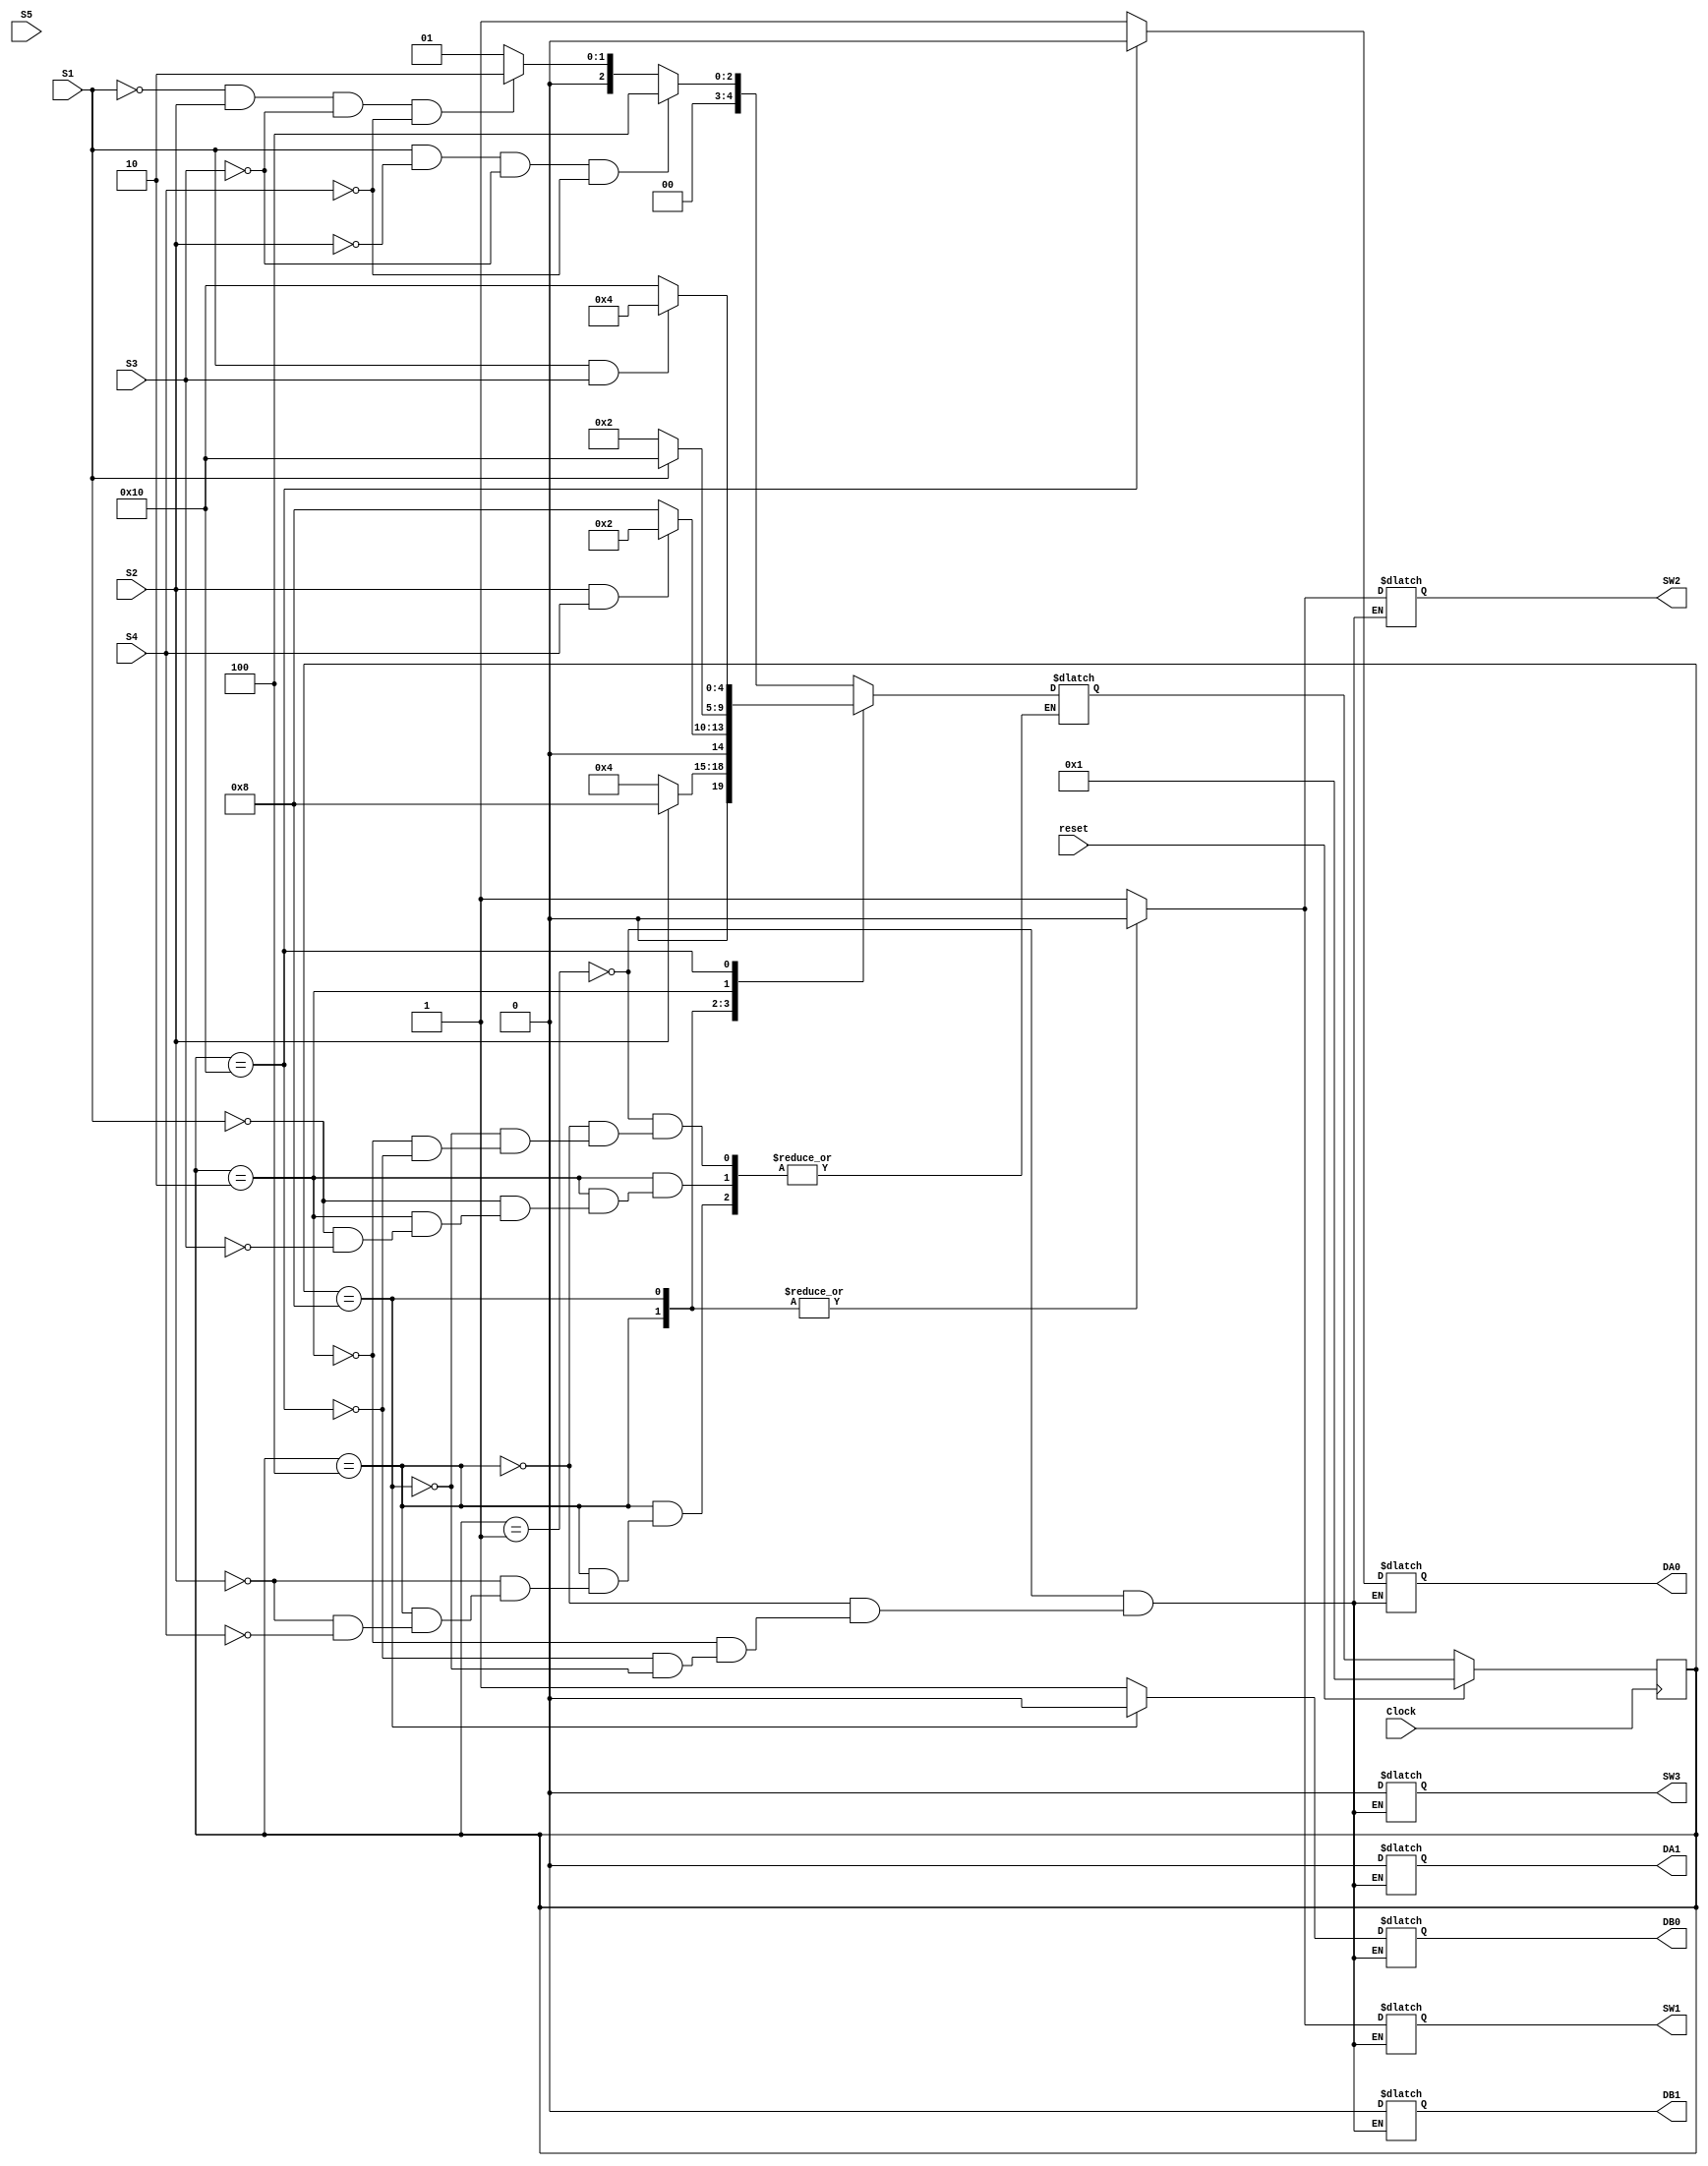
//Train Track Problem using Finite State Machines
//
//
// created by Rahul Marathe
// 4t October 2017
//
// 
//
//
module TrainTrack(Clock,reset,S1,S2,S3,S4,S5,SW1,SW2,SW3,DA1,DA0,DB1,DB0);
input Clock,S1,S2,S3,S4,S5,reset;
output SW1,SW2,SW3,DA1,DA0,DB1,DB0;
reg SW1,SW2,SW3,SW4,DA1,DA0,DB1,DB0;
 
parameter ON= 1'b1;
parameter OFF=1'b0;

parameter  
BothStartMoving       =  5'b00001,
AMoves1BMoves2        =  5'b00010, 		//AMoves1BMoves2 indicates A is moving on track 1 and B on Shared 2 
AMoves2BMoves3        =  5'b00100, 		//AMoves2BMoves3 indicates A is moving on Shared track 2 and B on Track3  
AMoves2BStops3        =  5'b01000,              //AMoves2BStops3 indicates A is moving on Shared track 2 and B is stopped on Sensor S2 on Track 3 
AStops1BMoves2        =  5'b10000;		//AMoves2BStops3 indicates B is moving on Shared track 2 and A is stopped on Sensor S1 on Track 1 


reg [4:0] State,NextState;

// STATE UPDATION ON EVERY CLOCK EDGE
 
always @(posedge Clock)
begin
if(reset)
State<=BothStartMoving;
else 
State<=NextState;
end

  
//Moore

always@(State)
begin
case(State)

//Both trains start moving on Tracks(1) and (3) respectively;
BothStartMoving            :   begin
	      			SW1=1;
	      			SW2=1;
	      			SW3=0;
	      			DA1=0;
	      			DA0=1;
	      			DB1=0;
	      			DB0=1;
	      		end

//A approaches first and B also keeps moving on(3)
AMoves2BMoves3  	:       begin
	      			SW1=0;
	      			SW2=0;
	      			SW3=0;
	      			DA1=0;
	      			DA0=1;
	      			DB1=0;
	      			DB0=1;
	      		end

//B approaches first at common track and A also keeps moving on(1)
AMoves1BMoves2 :   begin
	      			SW1=1;
	      			SW2=1;
	      			SW3=0;
	      			DA1=0;
	      			DA0=1;
	      			DB1=0;
	      			DB0=1;
	      		end

//A stops at sensor 1 and B keeps moving on Shared Track(2)
AStops1BMoves2		 :   begin
	      			SW1=1;
	      			SW2=1;
	      			SW3=0;
	      			DA1=0;
	      			DA0=0;
	      			DB1=0;
	      			DB0=1;
	      		end


//B stops at sensor 2 and A keeps moving on Shared Track(2)
AMoves2BStops3 :   begin
	      			SW1=0;
	      			SW2=0;
	      			SW3=0;
	      			DA1=0;
	      			DA0=1;
	      			DB1=0;
	      			DB0=0;
	      		end
endcase
end  



//Next State Generator
always@(State or S1 or S2 or S3 or S4 or S5)
begin
case(State)

	BothStartMoving 	: begin 
				if(S1&& !S2 && !S3 && !S4 ) 
				NextState= AMoves2BMoves3;
			 	else if	(!S1 && S2 && !S3 &&!S4)
			 	NextState=AMoves1BMoves2;
				else		
				NextState=BothStartMoving;		
				end

	AMoves2BMoves3 :	begin
		        	if(S2)
				NextState=AMoves2BStops3;
				else if(S4)
				NextState=AMoves2BMoves3;
				end


	AMoves2BStops3 :	 begin
		        	if(S2&&S4)
				NextState=AMoves1BMoves2;
				else
				NextState=AMoves2BStops3;
	 			end

	AMoves1BMoves2 : begin
		                if(S1)
				NextState= AStops1BMoves2;
				else if(S3)
				NextState=AMoves1BMoves2;
				end
				

	AStops1BMoves2 : begin
		        	if(S1&&S3)
				NextState=AMoves2BMoves3;
				else
				NextState=AStops1BMoves2;
				end	

endcase 
end


endmodule